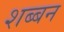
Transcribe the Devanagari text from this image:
शब्बन